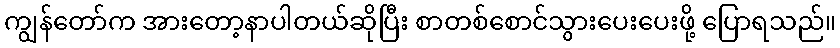
ကျွန်တော်က အားတော့နာပါတယ်ဆိုပြီး စာတစ်စောင်သွားပေးပေးဖို့ ပြောရသည်။